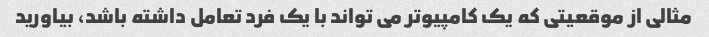
مثالی از موقعیتی که یک کامپیوتر می تواند با یک فرد تعامل داشته باشد، بیاورید